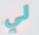
لي